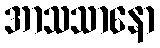
အာသသာနော